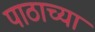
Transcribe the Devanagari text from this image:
पाठाच्या